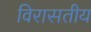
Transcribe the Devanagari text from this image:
विरासतीय